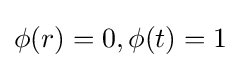
\phi (r)=0,\phi (t)=1